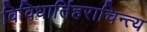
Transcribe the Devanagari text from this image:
विविधार्तिहराचिन्त्य